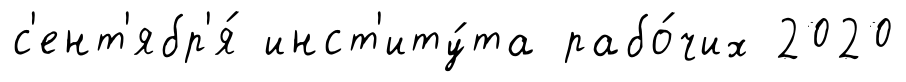
с'ент'ябр'я́ инст'иту́та рабо́чих 2020